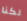
لكنا